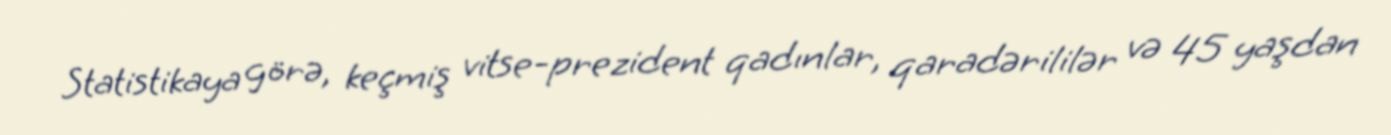
Statistikaya görə, keçmiş vitse-prezident qadınlar, qaradərililər və 45 yaşdan